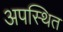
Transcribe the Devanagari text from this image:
अपस्थित